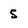
Character: 5